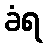
ခံရ